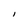
Character: l